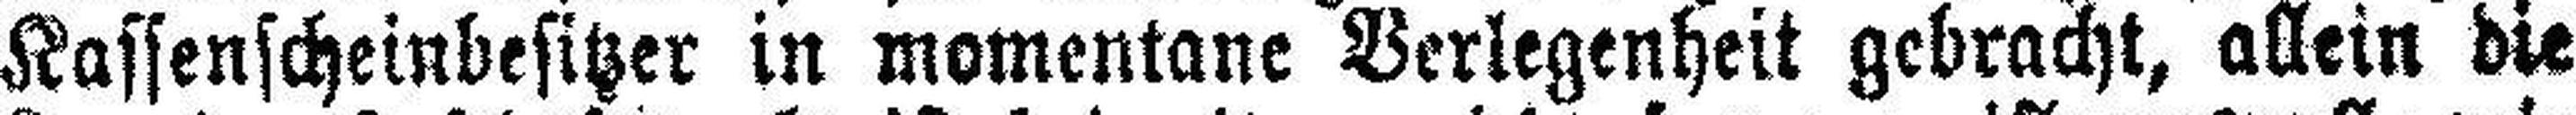
Kassenscheinbesitzer in momentane Verlegenheit gebracht, allein die